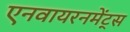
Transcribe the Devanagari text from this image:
एनवायरनमेंट्स